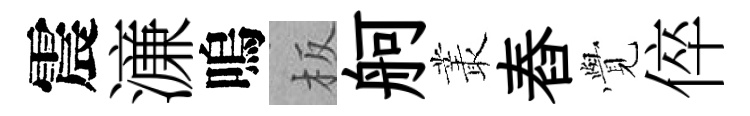
震濓嗚板舸叢舂𮗜倅